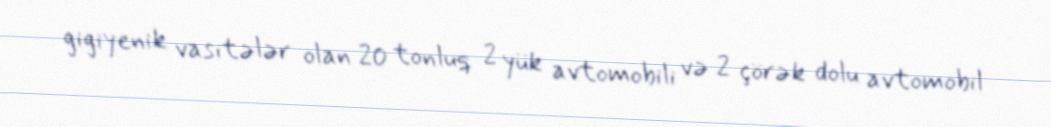
gigiyenik vasitələr olan 20 tonluq 2 yük avtomobili və 2 çörək dolu avtomobil